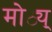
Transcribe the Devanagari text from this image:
मोठ्य्